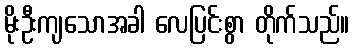
မိုးဦးကျသောအခါ လေပြင်းစွာ တိုက်သည်။